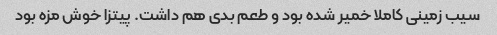
سیب زمینی کاملا خمیر شده بود و طعم بدی هم داشت. پیتزا خوش مزه بود